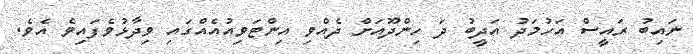
ނައިބު ރައީސް އަހުމަދު އަދީބު ދަ ހިންދޫއަށް ދެއްވި އިންޓަވިއުއެއްގައި ވިދާޅުވެފައިވެ އެވެ.